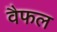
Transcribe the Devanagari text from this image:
वैफल